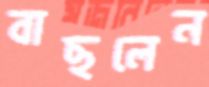
বাছলেন